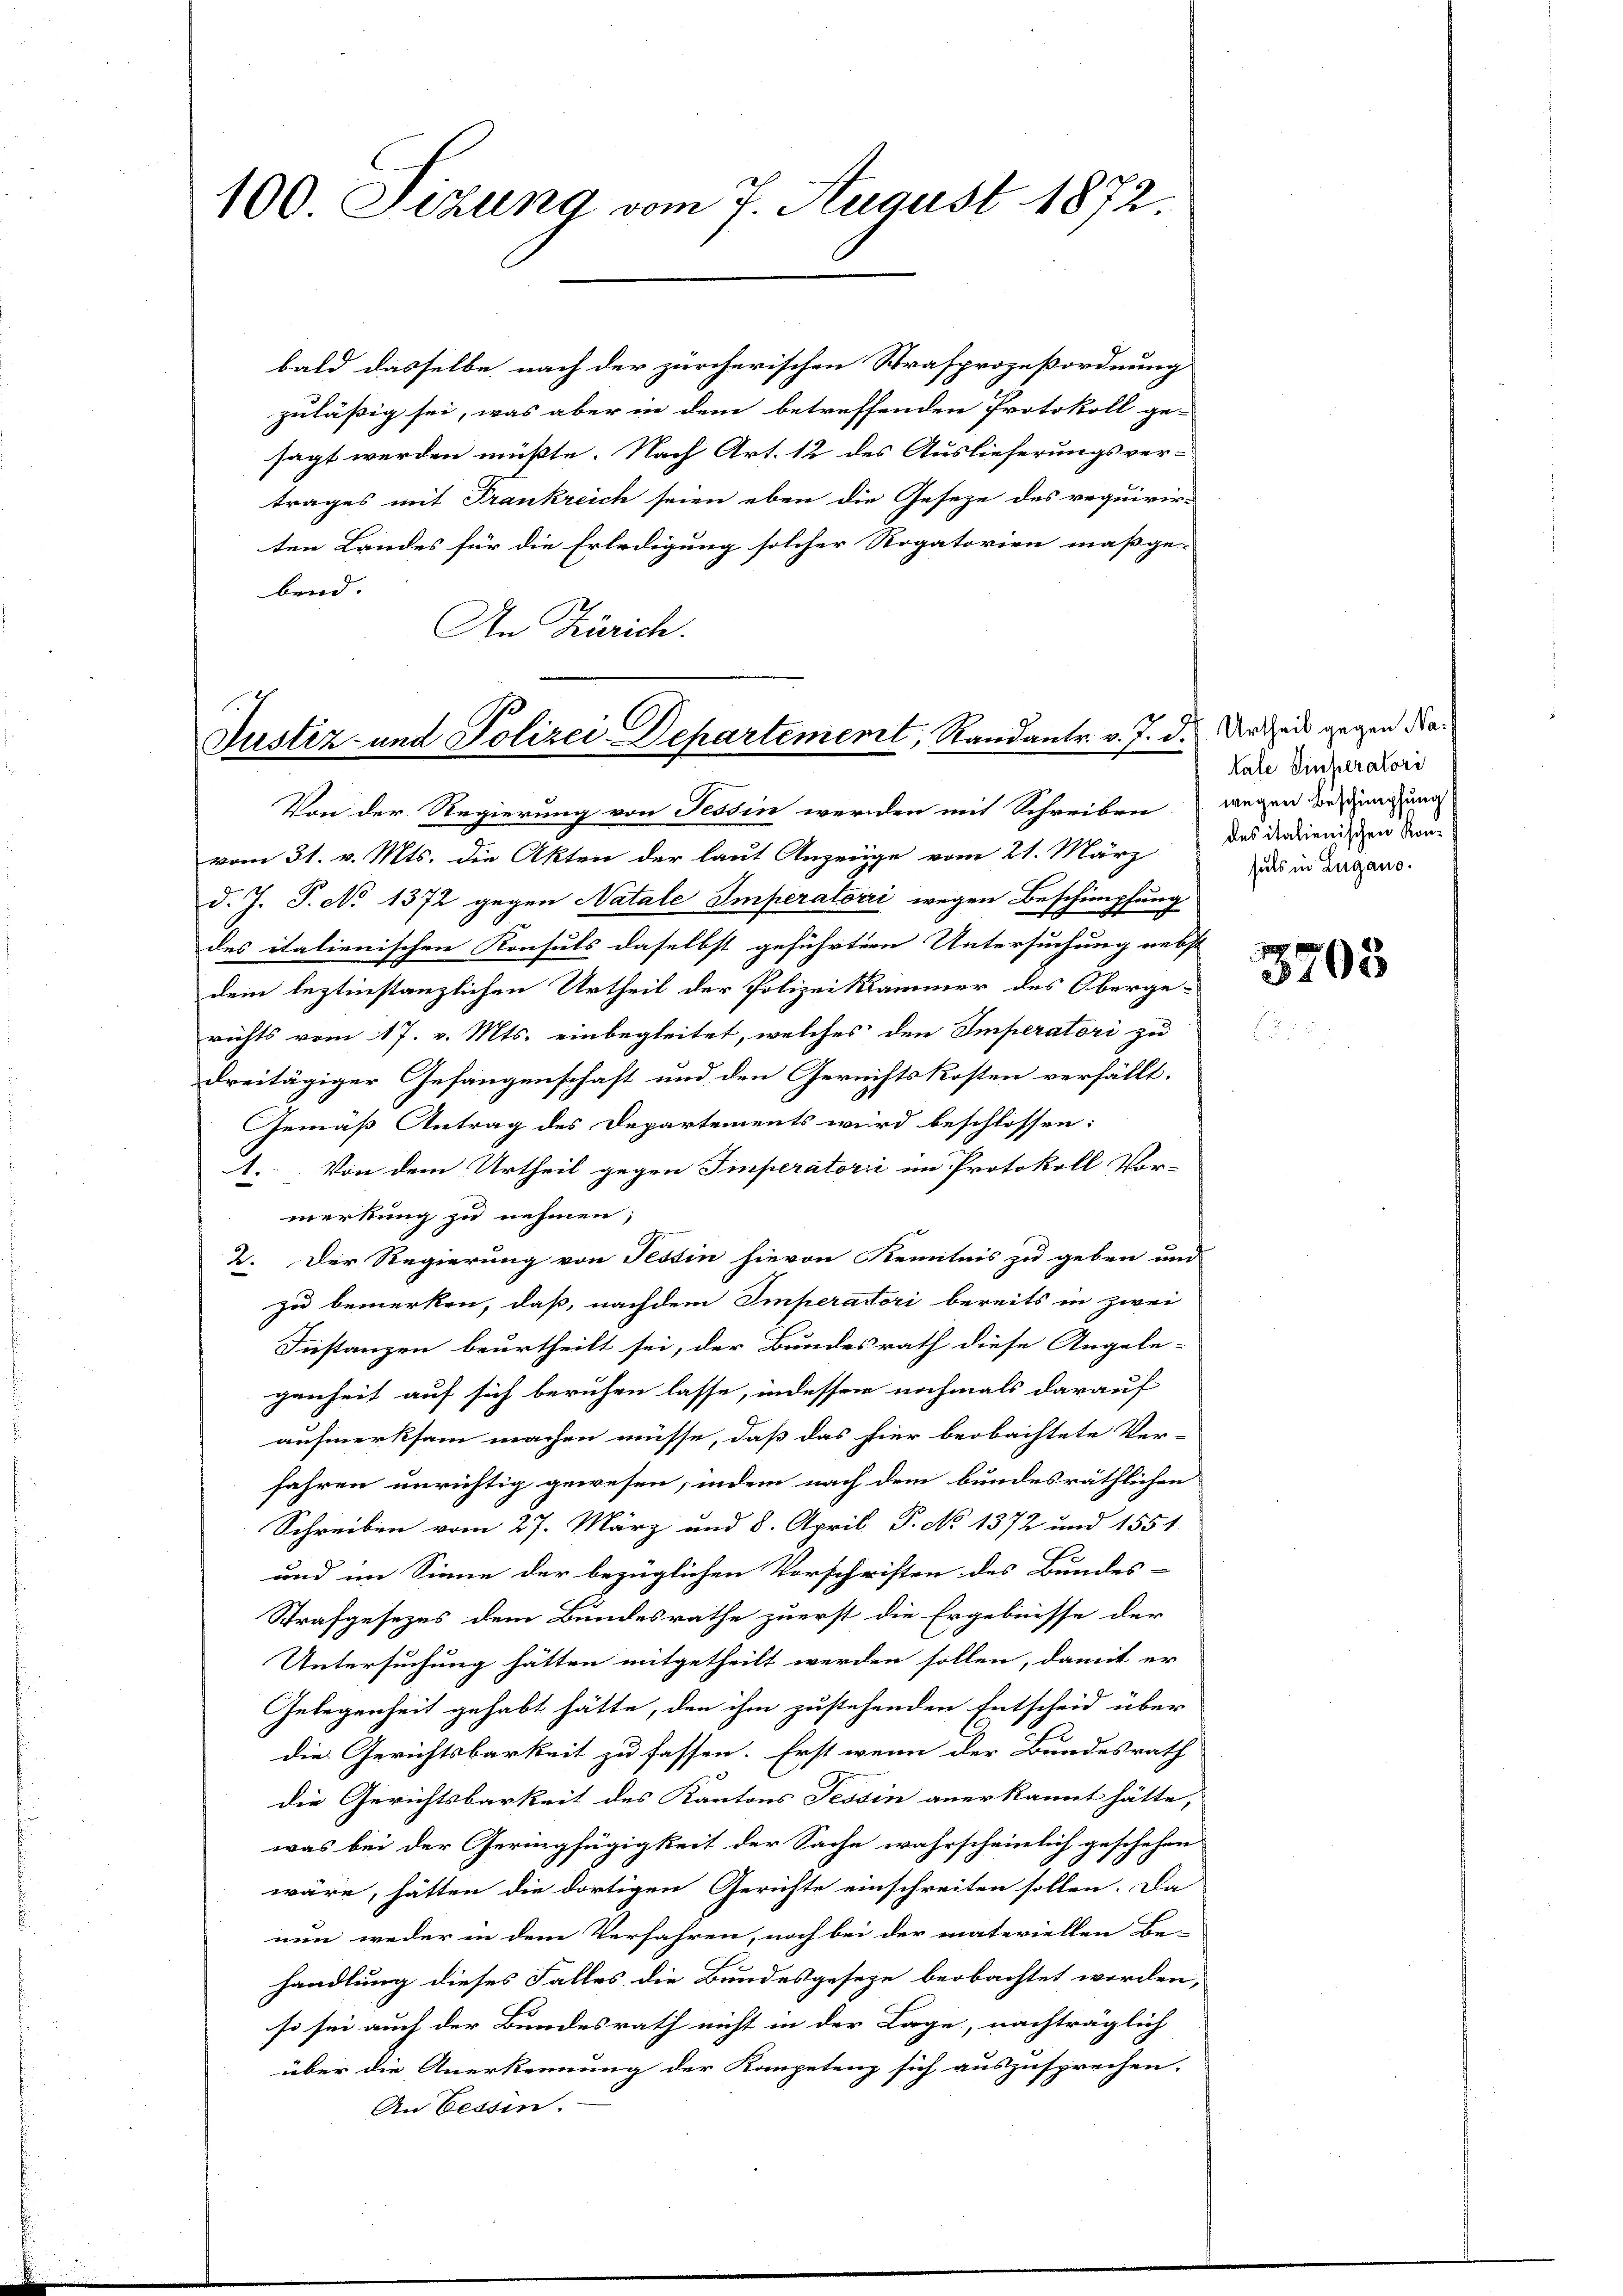
100. Sizung vom 7. August 1872.

bald dasselbe nach der zürcherischen Strafprozeßordnung
zulässig sei, was aber in dem betreffenden Protokoll ge-
sagt werden müßte. Nach Art. 12 des Auslieferungsvertrages mit Frankreich seien eben die Geseze des requirir-
ten Landes für die Erledigung solcher Rogatorien maßge-
bend.
An Zürich.

Justiz- und Polizei-Departement, Randantr. v. J. d.

Von der Regierung von Tessin werden mit Schreiben wegen besingung
vom 31. v. Mts. die Akten der laut Anzeige vom 21. März
d. J. P. No 1372 gegen Natale Imperatorii wegen Beschimpfung
des italienischen Konsuls daselbst geführten Untersuchung nebst
dem leztinstanzlichen Urtheil der Polizei Kammer des Oberge-
richts vom 17. v. Mts. einbegleitet, welches den Imperatori zu
dreitägiger Gefangenschaft und den Gerichtskosten verfällt.
Gemäß Antrag des Departements wird beschlossen:
1. Von dem Urtheil gegen Imperatori im Protokoll Vor-
merkung zu nehmen;
2. Der Regierung von Tessin hievon Kenntnis zu geben und
zu bemerken, daß, nachdem Emperatori bereits in zwei
Instanzen beurtheilt sei, der Bundesrath diese Angele-
genheit auf sich beruhen lasse, indessen nochmals darauf
aufmerksam machen müsse, daß das hier beobachtete Ver-
fahren unrichtig gewesen, indem nach dem bundesräthlichen
Schreiben vom 27. März und 8. April P. No 1372 und 1551
und im Sinne der bezüglichen Vorschriften des Bundes-
Strafgesezes dem Bundesrathe zuerst die Ergebnisse der
Untersuchung hätten mitgetheilt werden sollen, damit er
Gelegenheit gehabt hätte, den ihm zustehenden Entscheid über
die Gerichtsbarkeit zu fassen. Erst wenn der Bundesrath
die Gerichtsbarkeit des Kantons Tessin anerkannt hätte,
was bei der Geringfügigkeit der Sache wahrscheinlich geschehen
wäre, hätten die dortigen Gerichte einschreiten sollen. Da
nun weder in dem Verfahren, noch bei der materiellen Be-
handlung dieses Falles die Bundesgesetze beobachtet worden,
so sei auch der Bundesrath nicht in der Lage, nachträglich
über die Anerkennung der Kompetenz sich auszusprechen.
An Cessin.

Urtheil gegen Naale Simperatori
des italienischen Konsuls in Lugano.

3703